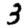
Digit: 3